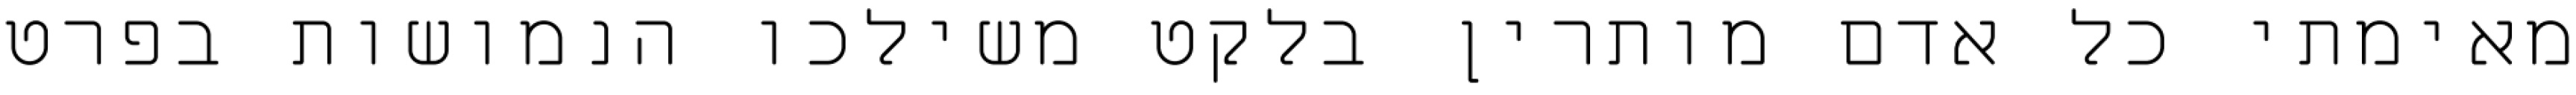
מאימתי כל אדם מותרין בלקט משילכו הנמושות בפרט